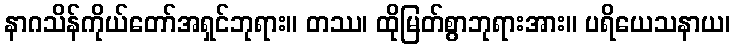
နာဂသိန်ကိုယ်တော်အရှင်ဘုရား။ တဿ၊ ထိုမြတ်စွာဘုရားအား။ ပရိယေသနာယ၊